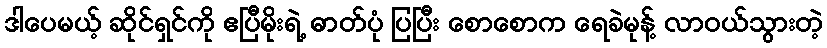
ဒါပေမယ့် ဆိုင်ရှင်ကို ဧပြီမိုးရဲ့ ဓာတ်ပုံ ပြပြီး စောစောက ရေခဲမုန့် လာဝယ်သွားတဲ့